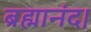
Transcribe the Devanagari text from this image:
ब्रह्मानंद।